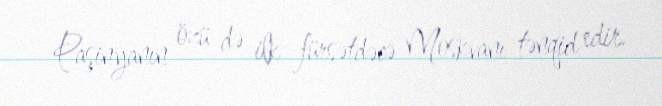
Paşinyanın özü də ilk fürsətdəcə Moskvanı tənqid edir.